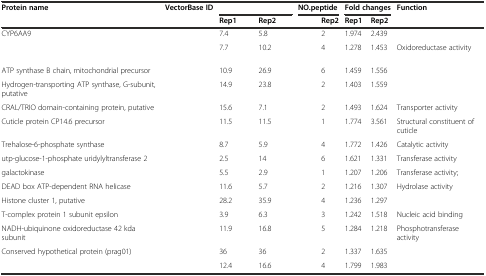
<table><thead><tr><td rowspan="2"><b>Protein name</b></td><td rowspan="2"><b>VectorBase ID</b></td><td colspan="2">[EMPTY_CELL]</td><td colspan="2"><b>NO.peptide</b></td><td colspan="2"><b>Fold changes</b></td><td rowspan="2"><b>Function</b></td></tr><tr><td><b>Rep1</b></td><td><b>Rep2</b></td><td>[EMPTY_CELL]</td><td><b>Rep2</b></td><td><b>Rep1</b></td><td><b>Rep2</b></td></tr></thead><tbody><tr><td>CYP6AA9</td><td>[EMPTY_CELL]</td><td>7.4</td><td>5.8</td><td>[EMPTY_CELL]</td><td>2</td><td>1.974</td><td>2.439</td><td>[EMPTY_CELL]</td></tr><tr><td>[EMPTY_CELL]</td><td>[EMPTY_CELL]</td><td>7.7</td><td>10.2</td><td>[EMPTY_CELL]</td><td>4</td><td>1.278</td><td>1.453</td><td>Oxidoreductase activity</td></tr><tr><td>ATP synthase B chain, mitochondrial precursor</td><td>[EMPTY_CELL]</td><td>10.9</td><td>26.9</td><td>[EMPTY_CELL]</td><td>6</td><td>1.459</td><td>1.556</td><td>[EMPTY_CELL]</td></tr><tr><td>Hydrogen-transporting ATP synthase, G-subunit, putative</td><td>[EMPTY_CELL]</td><td>14.9</td><td>23.8</td><td>[EMPTY_CELL]</td><td>2</td><td>1.403</td><td>1.559</td><td>[EMPTY_CELL]</td></tr><tr><td>CRAL/TRIO domain-containing protein, putative</td><td>[EMPTY_CELL]</td><td>15.6</td><td>7.1</td><td>[EMPTY_CELL]</td><td>2</td><td>1.493</td><td>1.624</td><td>Transporter activity</td></tr><tr><td>Cuticle protein CP14.6 precursor</td><td>[EMPTY_CELL]</td><td>11.5</td><td>11.5</td><td>[EMPTY_CELL]</td><td>1</td><td>1.774</td><td>3.561</td><td>Structural constituent of cuticle</td></tr><tr><td>Trehalose-6-phosphate synthase</td><td>[EMPTY_CELL]</td><td>8.7</td><td>5.9</td><td>[EMPTY_CELL]</td><td>4</td><td>1.772</td><td>1.426</td><td>Catalytic activity</td></tr><tr><td>utp-glucose-1-phosphate uridylyltransferase 2</td><td>[EMPTY_CELL]</td><td>2.5</td><td>14</td><td>[EMPTY_CELL]</td><td>6</td><td>1.621</td><td>1.331</td><td>Transferase activity</td></tr><tr><td>galactokinase</td><td>[EMPTY_CELL]</td><td>5.5</td><td>2.9</td><td>[EMPTY_CELL]</td><td>1</td><td>1.207</td><td>1.206</td><td>Transferase activity;</td></tr><tr><td>DEAD box ATP-dependent RNA helicase</td><td>[EMPTY_CELL]</td><td>11.6</td><td>5.7</td><td>[EMPTY_CELL]</td><td>2</td><td>1.216</td><td>1.307</td><td>Hydrolase activity</td></tr><tr><td>Histone cluster 1, putative</td><td>[EMPTY_CELL]</td><td>28.2</td><td>35.9</td><td>[EMPTY_CELL]</td><td>4</td><td>1.236</td><td>1.297</td><td>[EMPTY_CELL]</td></tr><tr><td>T-complex protein 1 subunit epsilon</td><td>[EMPTY_CELL]</td><td>3.9</td><td>6.3</td><td>[EMPTY_CELL]</td><td>3</td><td>1.242</td><td>1.518</td><td>Nucleic acid binding</td></tr><tr><td>NADH-ubiquinone oxidoreductase 42 kda subunit</td><td>[EMPTY_CELL]</td><td>11.9</td><td>16.8</td><td>[EMPTY_CELL]</td><td>5</td><td>1.284</td><td>1.218</td><td>Phosphotransferase activity</td></tr><tr><td>Conserved hypothetical protein (prag01)</td><td>[EMPTY_CELL]</td><td>36</td><td>36</td><td>[EMPTY_CELL]</td><td>2</td><td>1.337</td><td>1.635</td><td>[EMPTY_CELL]</td></tr><tr><td>[EMPTY_CELL]</td><td>[EMPTY_CELL]</td><td>12.4</td><td>16.6</td><td>[EMPTY_CELL]</td><td>4</td><td>1.799</td><td>1.983</td><td>[EMPTY_CELL]</td></tr></tbody></table>